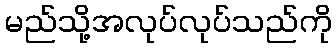
မည်သို့အလုပ်လုပ်သည်ကို